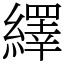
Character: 繹